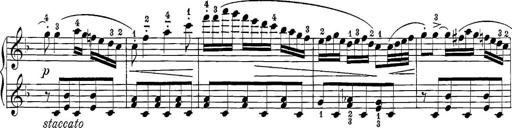
Title: 12 Sonatine per Pianoforte
Composer: Friedrich Kuhlau